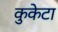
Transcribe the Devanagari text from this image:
कुकेटा